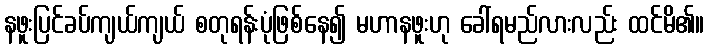
နဖူးပြင်ခပ်ကျယ်ကျယ် စတုရန်းပုံဖြစ်နေ၍ မဟာနဖူးဟု ခေါ်ရမည်လားလည်း ထင်မိ၏။